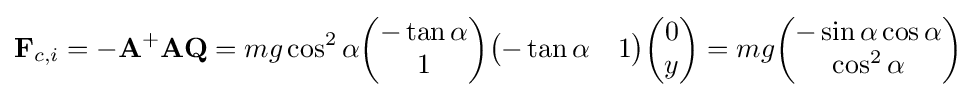
\mathbf {F} _{c,i}=-\mathbf {A} ^{+}\mathbf {A} \mathbf {Q} =mg\cos ^{2}\alpha {\begin{pmatrix}-\tan \alpha \\1\end{pmatrix}}{\begin{pmatrix}-\tan \alpha &1\end{pmatrix}}{\begin{pmatrix}0\\y\end{pmatrix}}=mg{\begin{pmatrix}-\sin \alpha \cos \alpha \\\cos ^{2}\alpha \end{pmatrix}}